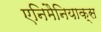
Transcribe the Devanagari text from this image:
एनिमैनियाक्स